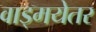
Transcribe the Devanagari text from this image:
वाड्मयेतर